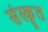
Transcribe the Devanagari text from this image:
संंस्कृृत